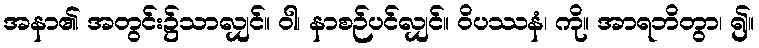
အနာ၏ အတွင်း၌သာလျှင်။ ဝါ၊ နာစဉ်ပင်လျှင်။ ဝိပဿနံ၊ ကို။ အာရဘိတွာ၊ ၍။